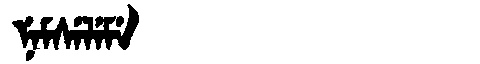
Manchu: ᠨᡝᠮᠰᡝᠯᡝᠮᡝ
Romanization: NEMSELEME